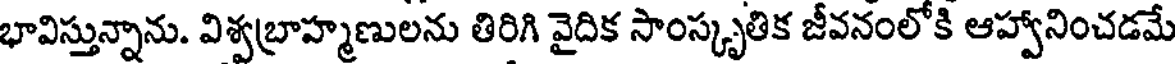
భావిస్తున్నాను. విశ్వబ్రాహ్మణులను తిరిగి వైదిక సాంస్కృతిక జీవనంలోకి ఆహ్వానించడమే